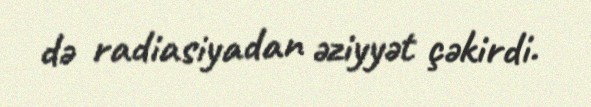
də radiasiyadan əziyyət çəkirdi.